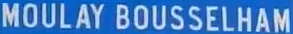
MOULAY BOUSSELHAM